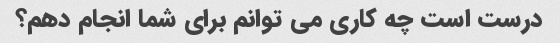
درست است چه کاری می توانم برای شما انجام دهم؟